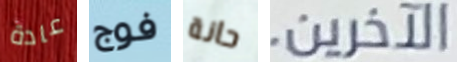
عادة فوج حانة الآخرين.